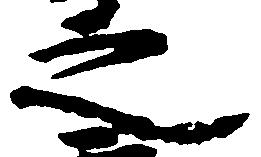
之